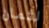
لثمان